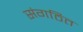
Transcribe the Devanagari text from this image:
संगठित